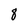
Character: 1